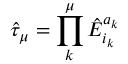
\hat { \tau } _ { \mu } = \prod _ { k } ^ { \mu } \hat { E } _ { i _ { k } } ^ { a _ { k } }